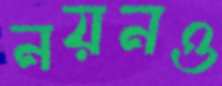
নয়নও